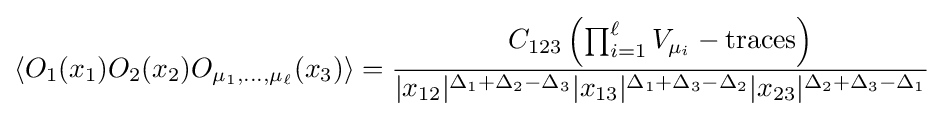
\left\langle O_{1}(x_{1})O_{2}(x_{2})O_{\mu _{1},\dots ,\mu _{\ell }}(x_{3})\right\rangle ={\frac {C_{123}\left(\prod _{i=1}^{\ell }V_{\mu _{i}}-{\text{traces}}\right)}{|x_{12}|^{\Delta _{1}+\Delta _{2}-\Delta _{3}}|x_{13}|^{\Delta _{1}+\Delta _{3}-\Delta _{2}}|x_{23}|^{\Delta _{2}+\Delta _{3}-\Delta _{1}}}}